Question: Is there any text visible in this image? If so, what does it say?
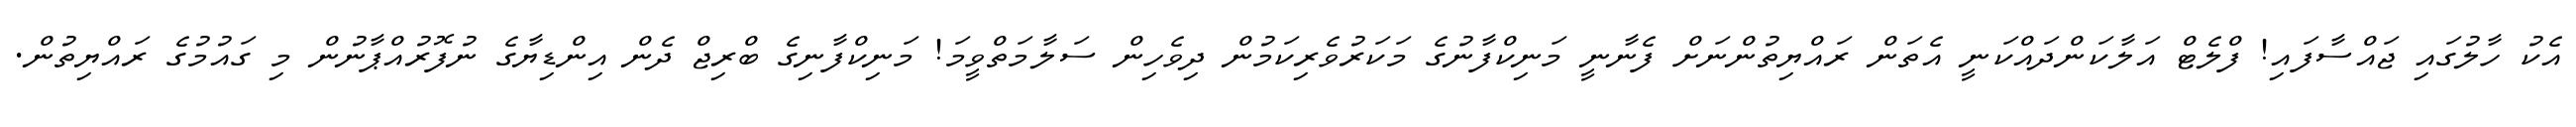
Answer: އެކު ހާލުގައި ޖައްސާފައި! ފްލެޓް އަލާކަންދައްކަނީ އެތަން ރައްޔިތުންނަށް ފެނާނީ މަނިކްފާނުގެ މަކަރުވެރިކަމުން ދިވެހިން ސަލާމަތްވީމަ! މަނިކްފާނިގެ ބްރިޖް ދެން އިންޑިޔާގެ ނުފޮރުއްޕާނުން މި ގައުމުގެ ރައްޔިތުން.